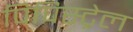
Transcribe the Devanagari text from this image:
पिपिस्ट्रेल